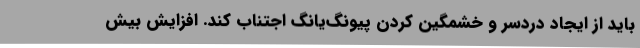
باید از ایجاد دردسر و خشمگین کردن پیونگ‌یانگ اجتناب کند. افزایش بیش